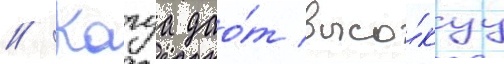
// Кагуа дао́т высо́куу